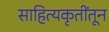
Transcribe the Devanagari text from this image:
साहित्यकृतींतून